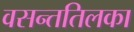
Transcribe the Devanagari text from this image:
वसन्ततिलका